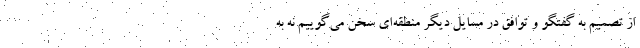
از تصمیم به گفتگو و توافق در مسایل دیگر منطقه‌ای سخن می‌گوییم نه به